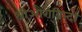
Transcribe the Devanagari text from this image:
श्रीऔरोबिन्दो